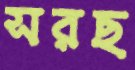
সরছ